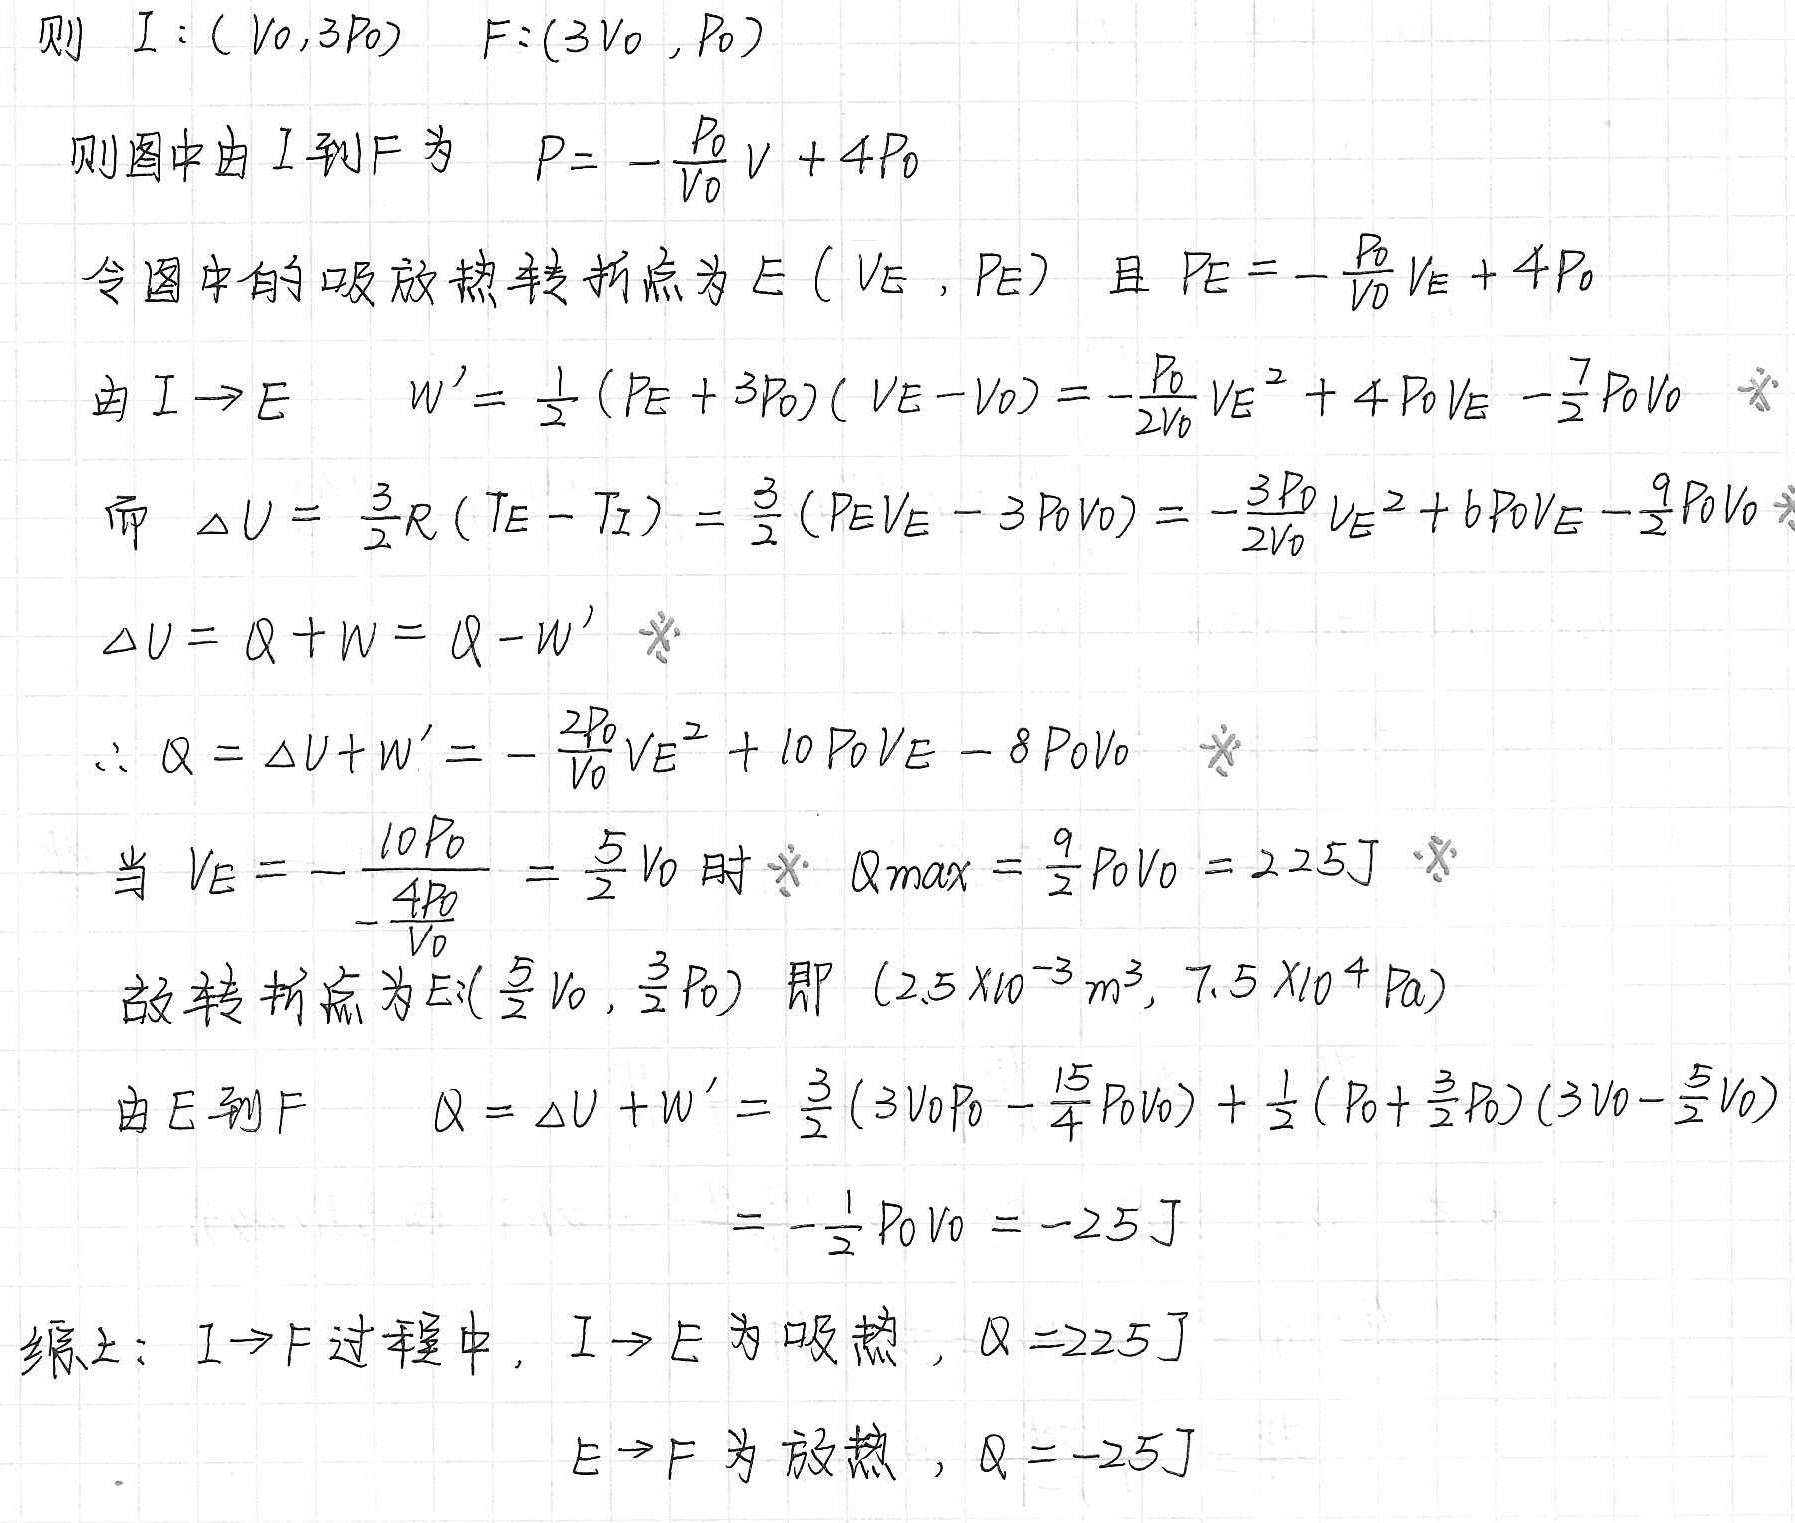
则 \( I: (V_0,3P_0) \quad F:(3V_0 ,P_0) \)

则图中由 \( I \) 到 \( F \) 为 \( P = -\frac{P_0}{V_0}V + 4P_0 \)

令图中的吸放热转折点为 \( E(V_E ,P_E) \) 且 \( P_E = -\frac{P_0}{V_0}V_E + 4P_0 \)

由 \( I \to E \quad W'=\frac{1}{2}(P_E + 3P_0)(V_E - V_0)=-\frac{P_0}{2V_0}V_E^2 + 4P_0V_E-\frac{7}{2}P_0V_0 \)

而 \( \Delta U=\frac{3}{2}R(T_E - T_I)=\frac{3}{2}(P_EV_E - 3P_0V_0)=-\frac{3P_0}{2V_0}V_E^2 + 6P_0V_E-\frac{9}{2}P_0V_0 \)

\( \Delta U = Q + W = Q - W' \)

\( \therefore Q=\Delta U + W'=-\frac{2P_0}{V_0}V_E^2 + 10P_0V_E - 8P_0V_0 \)

当 \( V_E = -\frac{10P_0}{-\frac{4P_0}{V_0}}=\frac{5}{2}V_0 \) 时 \( Q_{max}=\frac{9}{2}P_0V_0 = 225J \)

故转折点为 \( E(\frac{5}{2}V_0,\frac{3}{2}P_0) \) 即 \( (2.5\times10^{-3}m^3,7.5\times10^{4}Pa) \)

由 \( E \) 到 \( F \)
\[
\begin{align*}
Q&=\Delta U + W'=\frac{3}{2}(3V_0P_0-\frac{15}{4}P_0V_0)+\frac{1}{2}(P_0+\frac{3}{2}P_0)(3V_0-\frac{5}{2}V_0)\\
&=-\frac{1}{2}P_0V_0=- 25J
\end{align*}
\]

综上： \( I \to F \) 过程中， \( I \to E \) 为吸热， \( Q = 225J \)
\( E \to F \) 为放热， \( Q=-25J \)